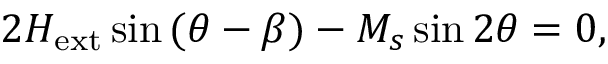
2 H _ { \mathrm { e x t } } \sin { ( \theta - \beta ) } - M _ { s } \sin { 2 \theta } = 0 ,